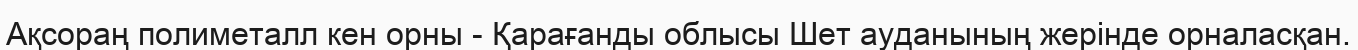
Ақсораң полиметалл кен орны - Қарағанды облысы Шет ауданының жерінде орналасқан.